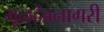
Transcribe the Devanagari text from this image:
मूळदेवनागरी